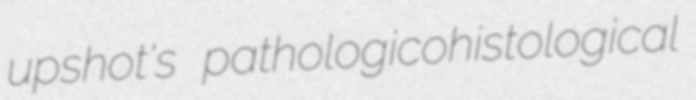
upshot's pathologicohistological